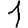
Digit: 1